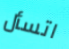
اتسأل